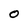
Character: O